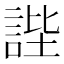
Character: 𧧺